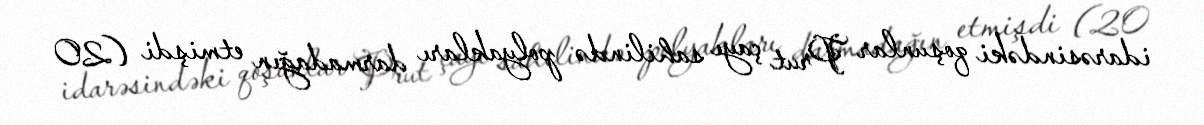
idarəsindəki qoşunlar Prut çayı sahilində polyakları darmadağın etmişdi (20